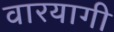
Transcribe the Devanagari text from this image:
वारयागी